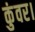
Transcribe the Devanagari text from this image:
कुंवर।